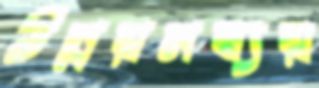
উন্নয়নব্যয়